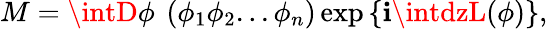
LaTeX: M=\intD\phi\ \left(\phi_{1}\phi_{2}...\phi_{n}\right)\exp\left\{ \mathbf{i}\intdzL(\phi)\right\} ,